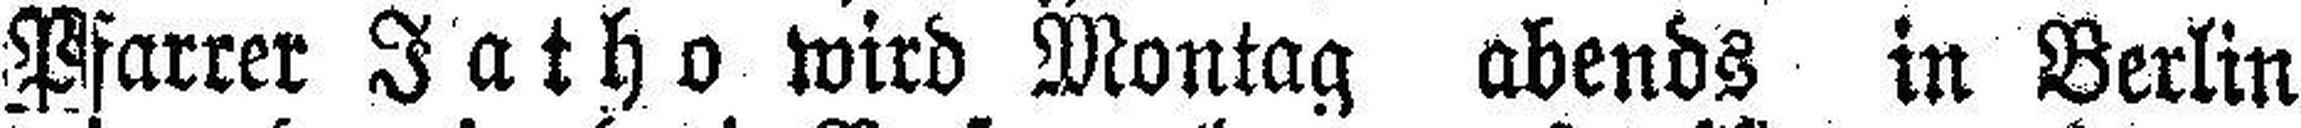
Pfarrer Jatho wird Montag abends in Berlin